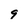
Character: 9